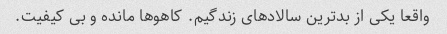
واقعا یکی از بدترین سالادهای زندگیم. کاهوها مانده و بی کیفیت.